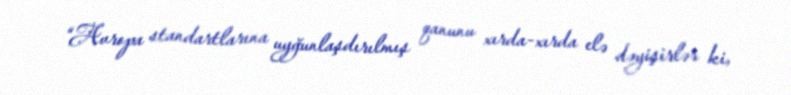
“Avropa standartlarına uyğunlaşdırılmış qanunu xırda-xırda elə dəyişirlər ki,